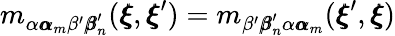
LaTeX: m_{\alpha{\pmb\alpha}_{m}\beta^{\prime}{\pmb\beta}_{n}^{\prime}}({\pmb\xi},{\pmb\xi}^{\prime})=m_{\beta^{\prime}{\pmb\beta}_{n}^{\prime}\alpha{\pmb\alpha}_{m}}({\pmb\xi}^{\prime},{\pmb\xi})